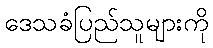
ဒေသခံပြည်သူများကို